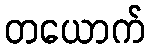
တယောက်